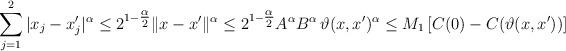
LaTeX: \begin{align*}\sum_{j=1}^2 | x_j - x'_j |^{\alpha} \leq 2^{1 - \tfrac{\alpha}{2}} \|x-x'\|^\alpha \leq 2^{1 - \tfrac{\alpha}{2}} A^\alpha B^\alpha \, \vartheta(x,x')^\alpha \leq M_1 \left[ C(0) - C(\vartheta(x,x')) \right]\end{align*}